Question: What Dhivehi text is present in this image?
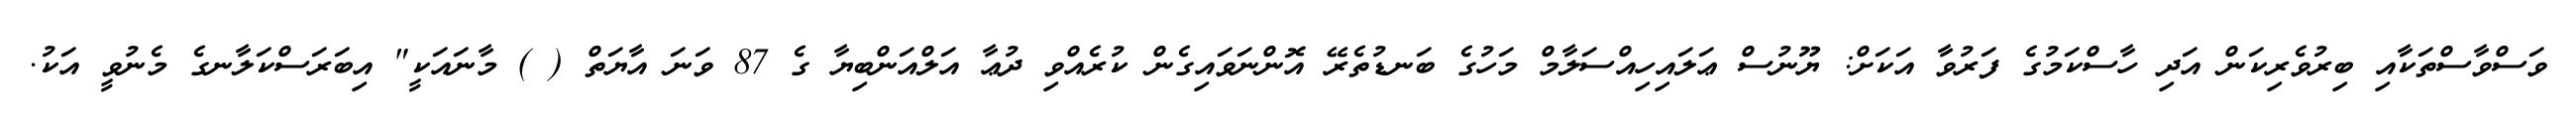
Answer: ވަސްވާސްތަކާއި ބިރުވެރިކަން އަދި ހާސްކަމުގެ ފަރުވާ އަކަށް: ޔޫނުސް ޢަލައިހިއްސަލާމް މަހުގެ ބަނޑުތެރޭ އޮންނަވައިގެން ކުރެއްވި ދުޢާ އަލްއަންބިޔާ ގެ 87 ވަނަ އާޔަތް ( ) މާނައަކީ" އިބަރަސްކަލާނގެ މެނުވީ އަކު.